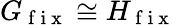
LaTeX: G_{\mathrm{~f~i~x~}}\cong H_{\mathrm{~f~i~x~}}